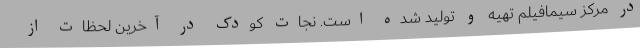
در مرکز سیمافیلم تهیه و تولید شده است. نجات کودک در آخرین لحظات از